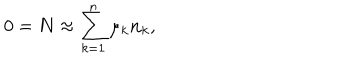
LaTeX: 0 = { \bf N } \approx \sum _ { k = 1 } ^ { n } \mu _ { k } { \bf n } _ { k } ,